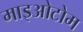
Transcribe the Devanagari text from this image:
माइओटोम